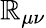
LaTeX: \mathbb{R}_{\mu\nu}